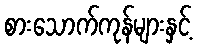
စားသောက်ကုန်များနှင့်